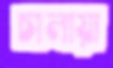
চালায়া